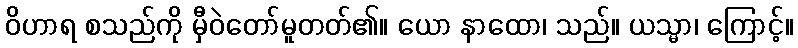
ဝိဟာရ စသည်ကို မှီဝဲတော်မူတတ်၏။ ယော နာထော၊ သည်။ ယသ္မာ၊ ကြောင့်။